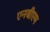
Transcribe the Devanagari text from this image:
एनबीएम